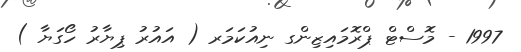
1997 - މޮސްޓް ޕްރޮމައިޒިންގ ނިއުކަމަރ ( އައުރު ޕިޔާރު ހޯގަޔާ )